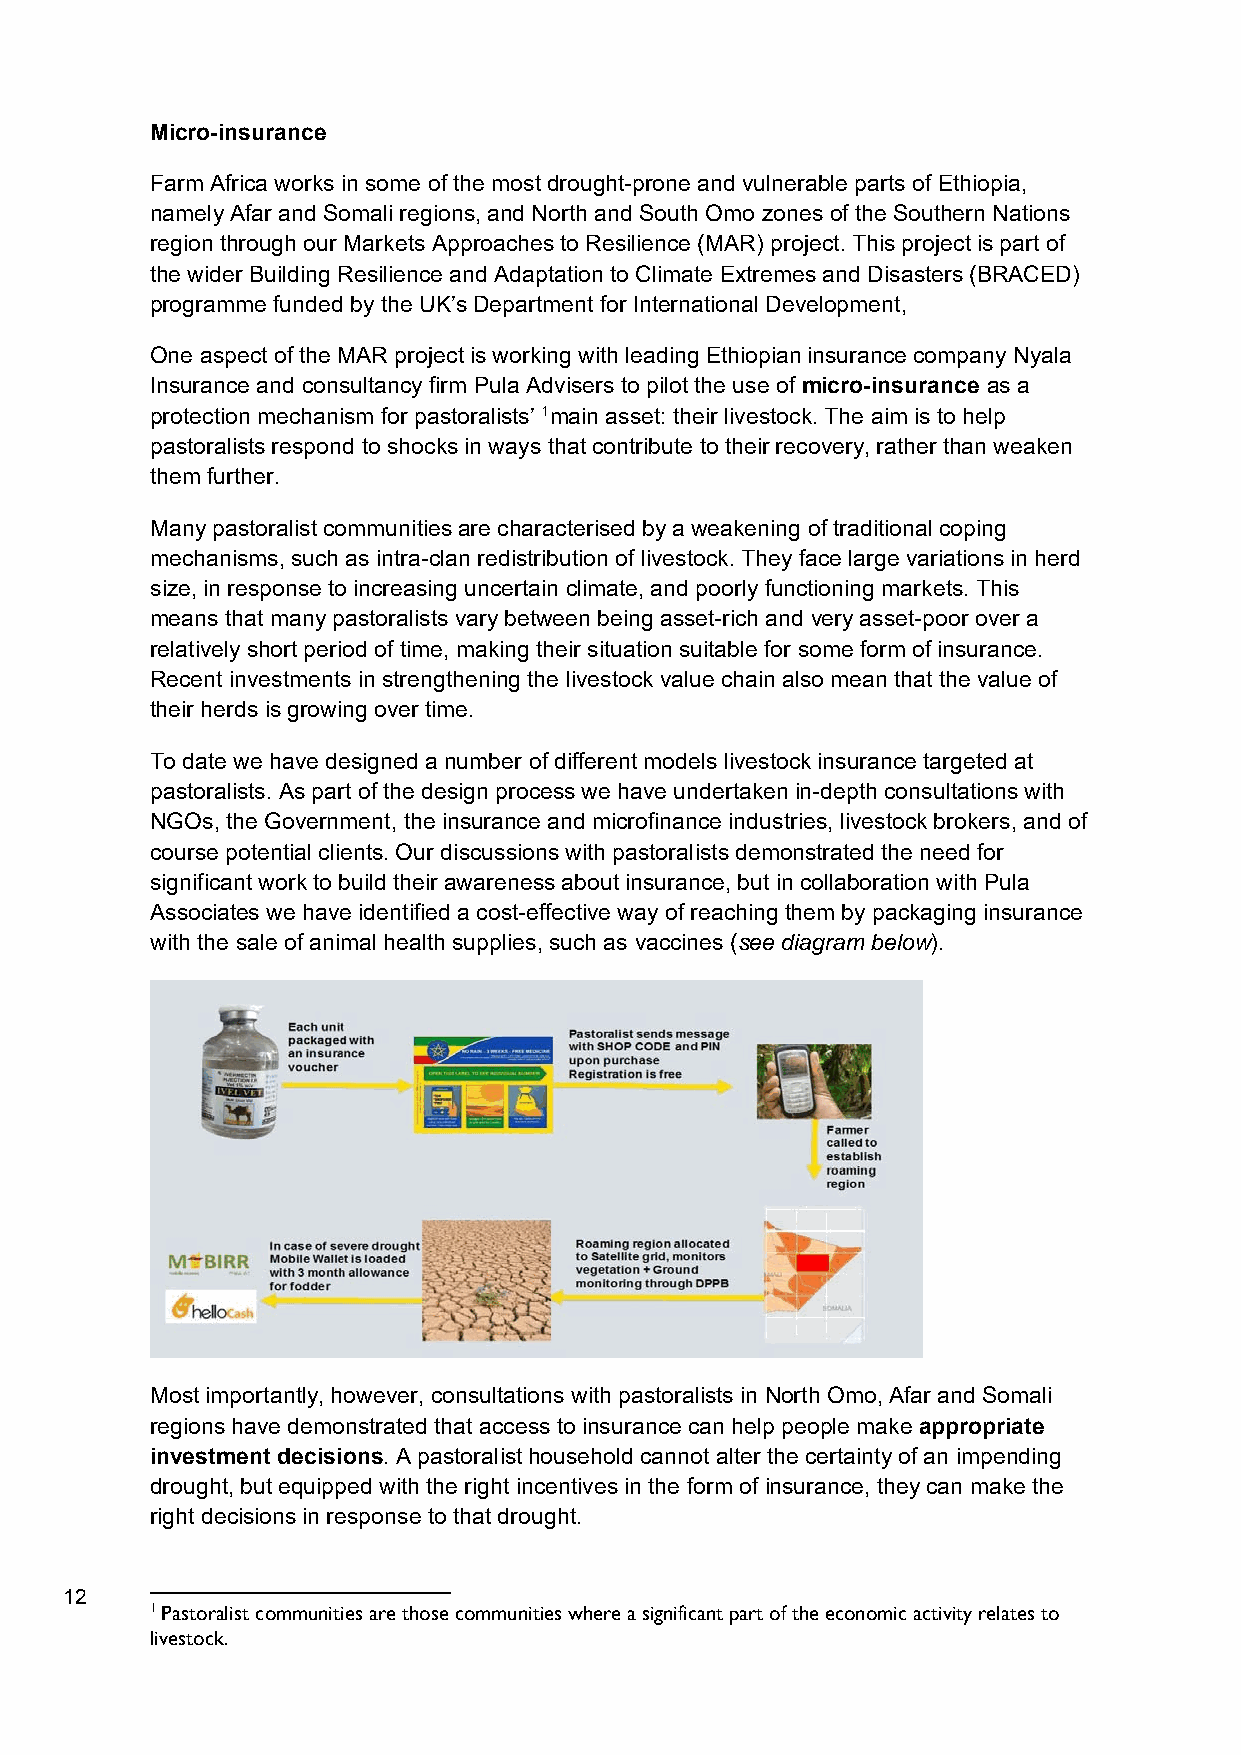
Micro-insurance
 Farm Africa works in some of the most drought-prone and vulnerable parts of Ethiopia,
 namely Afar and Somali regions, and North and South Omo zones of the Southern Nations
 region through our Markets Approaches to Resilience (MAR) project. This project is part of
 the wider Building Resilience and Adaptation to Climate Extremes and Disasters (BRACED)
 programme funded by the UK’s Department for International Development,
 One aspect of the MAR project is working with leading Ethiopian insurance company Nyala
 Insurance and consultancy firm Pula Advisers to pilot the use of micro-insurance as a
 protection mechanism for pastoralists’ 1main asset: their livestock. The aim is to help
 pastoralists respond to shocks in ways that contribute to their recovery, rather than weaken
 them further.
 Many pastoralist communities are characterised by a weakening of traditional coping
 mechanisms, such as intra-clan redistribution of livestock. They face large variations in herd
 size, in response to increasing uncertain climate, and poorly functioning markets. This
 means that many pastoralists vary between being asset-rich and very asset-poor over a
 relatively short period of time, making their situation suitable for some form of insurance.
 Recent investments in strengthening the livestock value chain also mean that the value of
 their herds is growing over time.
 To date we have designed a number of different models livestock insurance targeted at
 pastoralists. As part of the design process we have undertaken in-depth consultations with
 NGOs, the Government, the insurance and microfinance industries, livestock brokers, and of
 course potential clients. Our discussions with pastoralists demonstrated the need for
 significant work to build their awareness about insurance, but in collaboration with Pula
 Associates we have identified a cost-effective way of reaching them by packaging insurance
 with the sale of animal health supplies, such as vaccines (see diagram below).
 Most importantly, however, consultations with pastoralists in North Omo, Afar and Somali
 regions have demonstrated that access to insurance can help people make appropriate
 investment decisions. A pastoralist household cannot alter the certainty of an impending
 drought, but equipped with the right incentives in the form of insurance, they can make the
 right decisions in response to that drought.
 12
 1 Pastoralist communities are those communities where a significant part of the economic activity relates to
 livestock.